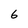
Character: 6